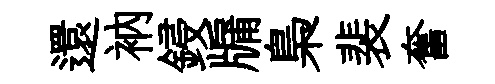
還衲鋟牖梟裴奮